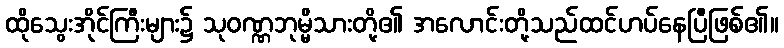
ထိုသွေးအိုင်ကြီးများ၌ သုဝဏ္ဏဘုမ္မိသားတို့၏ အလောင်းတို့သည်ထင်ဟပ်နေပြီဖြစ်၏။